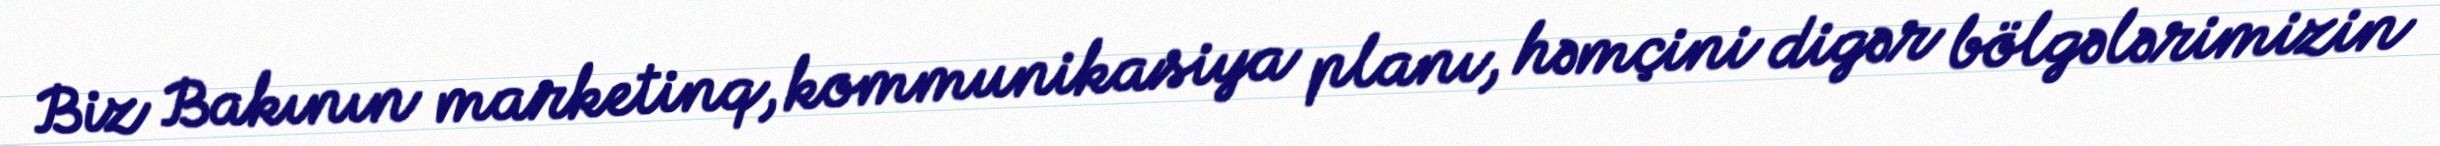
Biz Bakının marketinq, kommunikasiya planı, həmçini digər bölgələrimizin